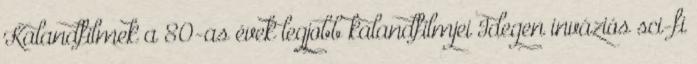
Kalandfilmek a 80-as évek legjobb kalandfilmjei Idegen inváziós sci-fi